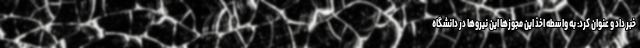
خبر داد و عنوان کرد: به واسطه اخذ این مجوزها این نیروها در دانشگاه